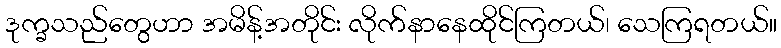
ဒုက္ခသည်တွေဟာ အမိန့်အတိုင်း လိုက်နာနေထိုင်ကြတယ်၊ သေကြရတယ်။